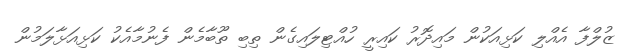
ޒުލްފާ އެއްލި ކަޅިއަކުން މައިދޮރު ކައިރީ ހުއްޓިލައިގެން ތިބި ތޫބާމެން ފެނުމާއެކު ކަޅިއަޅާލަމުން